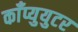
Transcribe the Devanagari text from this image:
काँप्युयुटर